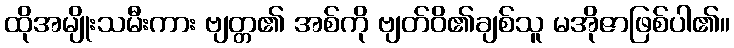
ထိုအမျိုးသမီးကား ဗျတ္တ၏ အစ်ကို ဗျတ်ဝိ၏ချစ်သူ မအိုဇာဖြစ်ပါ၏။